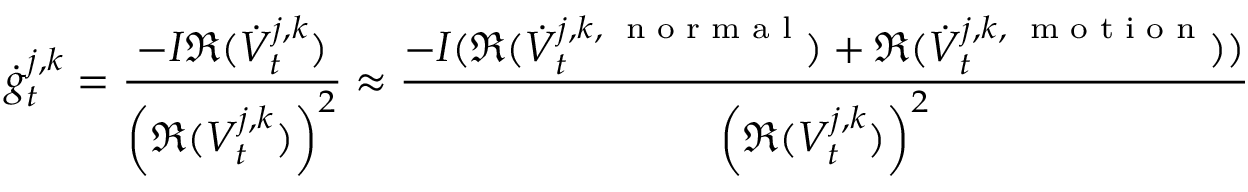
{ \scriptsize \dot { g } _ { t } ^ { j , k } = \frac { - I \mathfrak R ( \dot { V } _ { t } ^ { j , k } ) } { \left( \mathfrak R ( V _ { t } ^ { j , k } ) \right) ^ { 2 } } \approx \frac { - I ( \mathfrak R ( \dot { V } _ { t } ^ { j , k , \mathrm { ~ \scriptsize ~ n ~ o ~ r ~ m ~ a ~ l ~ } } ) + \mathfrak R ( \dot { V } _ { t } ^ { j , k , \mathrm { ~ \scriptsize ~ m ~ o ~ t ~ i ~ o ~ n ~ } } ) ) } { \left( \mathfrak R ( V _ { t } ^ { j , k } ) \right) ^ { 2 } } }